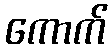
ကောက်